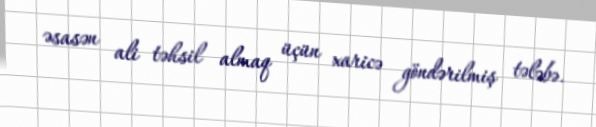
əsasən ali təhsil almaq üçün xaricə göndərilmiş tələbə.